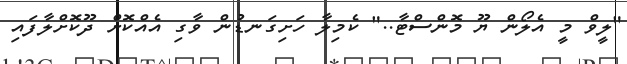
"ލީވް މީ އެލޯން ޔޫ މޮންސްޓާ.." ކެމިލާ ހަށިގަނޑުން ވާގި އެއްކޮށް ދޫކޮށްލާފައި